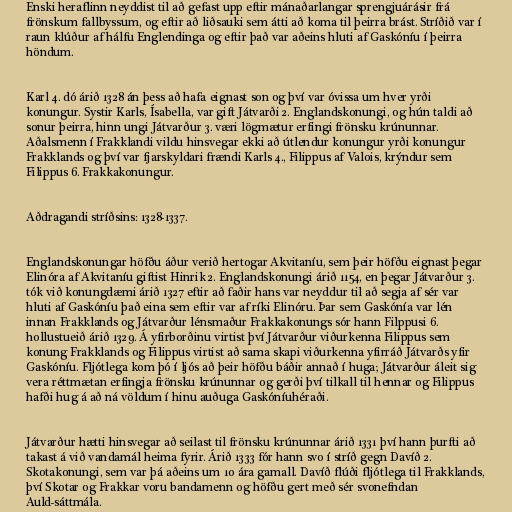
Enski heraflinn neyddist til að gefast upp eftir mánaðarlangar sprengjuárásir frá
frönskum fallbyssum, og eftir að liðsauki sem átti að koma til þeirra brást. Stríðið var í
raun klúður af hálfu Englendinga og eftir það var aðeins hluti af Gaskóníu í þeirra
höndum.

Karl 4. dó árið 1328 án þess að hafa eignast son og því var óvissa um hver yrði
konungur. Systir Karls, Ísabella, var gift Játvarði 2. Englandskonungi, og hún taldi að
sonur þeirra, hinn ungi Játvarður 3. væri lögmætur erfingi frönsku krúnunnar.
Aðalsmenn í Frakklandi vildu hinsvegar ekki að útlendur konungur yrði konungur
Frakklands og því var fjarskyldari frændi Karls 4., Filippus af Valois, krýndur sem
Filippus 6. Frakkakonungur.

Aðdragandi stríðsins: 1328-1337.

Englandskonungar höfðu áður verið hertogar Akvitaníu, sem þeir höfðu eignast þegar
Elinóra af Akvitaníu giftist Hinrik 2. Englandskonungi árið 1154, en þegar Játvarður 3.
tók við konungdæmi árið 1327 eftir að faðir hans var neyddur til að segja af sér var
hluti af Gaskóníu það eina sem eftir var af ríki Elinóru. Þar sem Gaskónía var lén
innan Frakklands og Játvarður lénsmaður Frakkakonungs sór hann Filppusi 6.
hollustueið árið 1329. Á yfirborðinu virtist því Játvarður viðurkenna Filippus sem
konung Frakklands og Filippus virtist að sama skapi viðurkenna yfirráð Játvarðs yfir
Gaskóníu. Fljótlega kom þó í ljós að þeir höfðu báðir annað í huga; Játvarður áleit sig
vera réttmætan erfingja frönsku krúnunnar og gerði því tilkall til hennar og Filippus
hafði hug á að ná völdum í hinu auðuga Gaskóníuhéraði.

Játvarður hætti hinsvegar að seilast til frönsku krúnunnar árið 1331 því hann þurfti að
takast á við vandamál heima fyrir. Árið 1333 fór hann svo í stríð gegn Davíð 2.
Skotakonungi, sem var þá aðeins um 10 ára gamall. Davíð flúði fljótlega til Frakklands,
því Skotar og Frakkar voru bandamenn og höfðu gert með sér svonefndan
Auld-sáttmála.